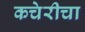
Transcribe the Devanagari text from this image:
कचेरीचा